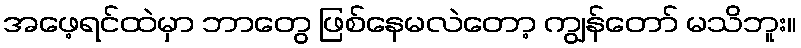
အဖေ့ရင်ထဲမှာ ဘာတွေ ဖြစ်နေမလဲတော့ ကျွန်တော် မသိဘူး။